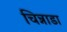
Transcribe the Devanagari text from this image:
चिन्नाडा